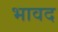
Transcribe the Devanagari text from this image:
भावद